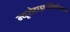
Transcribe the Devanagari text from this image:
न्यूरोहाइपोफिजिकल